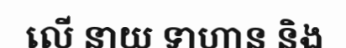
លើ នាយ ទាហាន និង